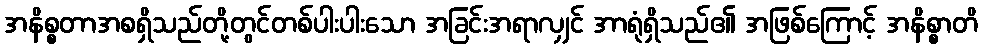
အနိစ္စတာအစရှိသည်တို့တွင်တစ်ပါးပါးသော အခြင်းအရာလျှင် အာရုံရှိသည်၏ အဖြစ်ကြောင့် အနိစ္စာတိ